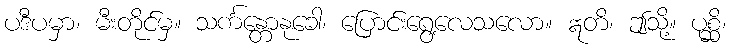
ပဒီပမှာ၊ မီးတိုင်မှ။ သင်္ကန္တောနုခေါ၊ ပြောင်းရွေ့လေသလော။ ဣတိ၊ ဤသို့။ ပုစ္ဆိ၊